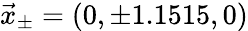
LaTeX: \vec{x}_{\pm}=(0,\pm 1.1515,0)